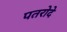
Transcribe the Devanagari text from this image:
पतरोदे